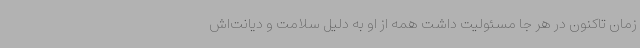
زمان تاکنون در هر جا مسئولیت داشت همه از او به دلیل سلامت و دیانت‌اش